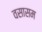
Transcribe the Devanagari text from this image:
वसासम